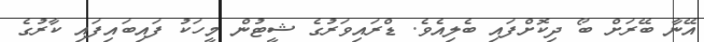
އޭނާ ބޭރަށް ބޯ ދިކޮށްފައި ބެލިއެވެ. ޑްރައިވަރުގެ ޝީޓުން މީހަކު ފައިބައިފައި ކާރުގެ